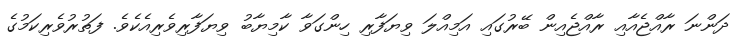
ދަންނަ ރާއްޖެއާއި ރާއްޖެއިން ބޭރުގައި އަމިއްލަ ވިޔަފާރި ހިންގަވާ ކާމިޔާބު ވިޔަފާރިވެރިއެކެވެ. ފަތުރުވެރިކަމުގެ